Account of plague administration in the Bombay Presidency from September 1896 till May 1897
Year: 1896
Disease focus: Plague
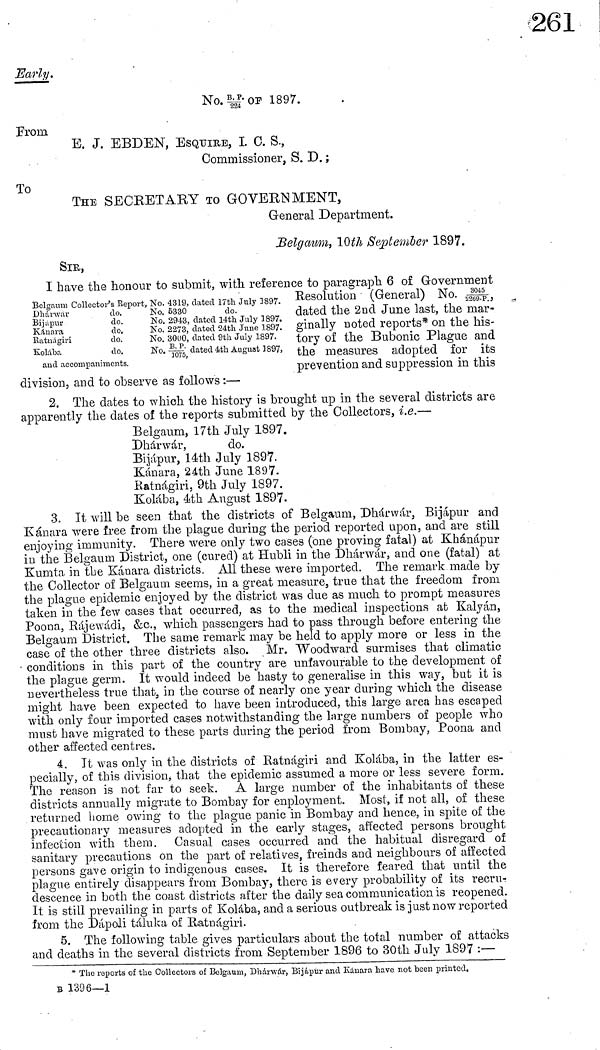
Early.
No. B.P of 1897.
From
E. J. EBDEN, ESQUIRE, I 0. S.,
Commissioner, S. D. ;
To
THE SECKETARY TO GOVERNMENT,
General Department.
Belgaum, 10th September 1897.
SIB,
Belgamn Collector's Beport,
Dhanvai-
Bijapur
Kánara
Ratuágiri
Kolába
do.
do.
do.
do.
do.
and accompaniments.
No. 4319,
No. 6330
No. 2943,
No. 2273,
No. 3000,
No.B.P.
dated 17th July 1897.
do.
dated 14th July 1897.
dated 24th June 1897.
dated 9th July 1897.
dated 4th August 1897.
I have the honour to submit, with reference to paragraph 6 of Government
Resolution (General) No. 8045,
dated the 2nd June last, the mar-
ginally noted reports* on the his-
tory of the Bubonic Plague and
the measures adopted for its
prevention and suppression in this
division, and to observe as follows :—
2. The dates to which the history is brought up in the several districts are
apparently the dates oí the reports submitted by the Collectors, i.e.—
Belgaum, 17th July 1897.
Dhárwár,
do.
Bijapur, 14th July 1897.
Kánara, 24th June 1897.
Ratnágiri, 9th July 1897.
Kolába, 4th August 1897.
3. It will be seen that the districts of Belgaum, Dhárwár, Bijápur and
Kanara were free from the plague during the period reported upon, and are still
enjoying immunity. There were only two cases (one proving fatal) at Khánápur
in the Belgaum District, one (cured) at Hubli in the Dhárwár, and one (fatal) at
Kumta in the Kánara districts. All these were imported. The remark made by
the Collector of Belgaum seems, in a great measure, true that the freedom from
the plague epidemic enjoyed by the district was clue as much to prompt measures
taken in the few cases that occurred, as to the medical inspections at Kalyán,
Poona, Rájewádi, &c., which passengers had to pass through before entering the
Belgaum District. The same remark may be held to apply more or less in the
case of the other three districts also. Mr. Woodward surmises that climatic
conditions in this part of the country are unfavourable to the development of
the plague germ. It would indeed be hasty to generalise in this way, but it is
nevertheless true that, in the course of nearly one year during which the disease
might have been expected to have been introduced, this large area has escaped
with only four imported cases notwithstanding the large numbers of people who
must have migrated to these parts during the period from Bombay, Poona and
other affected centres.
4. It was only in the districts of Batnágiri and Kolába, in the latter es-
pecially, of this division, that the epidemic assumed a more or less severe form.
The reason is not far to seek. A large number of the inhabitants of these
districts annually migrate to Bombay for enployment. Most, if not all, of these
returned home owing to the plague panic in Bombay and hence, in spite of the
precautionary measures adopted in the early stages, affected persons brought
infection with them. Casual cases occurred and the habitual disregard of
sanitary precautions on the part of relatives, freinds and neighbours of affected
persons gave origin to indigenous cases. It is therefore feared that until the
plague entirely disappears from Bombay, there is every probability of its recru-
descence in both the coast districts after the daily sea communication is reopened.
It is still prevailing in parts of Kolába, and a serious outbreak is just now reported
from the Dápoli táluka of Batnagiri.
5. The following table gives particulars about the total number of attacks
and deaths in the several districts from September 1896 to 30th July 1897 :—
* The reports of the Collectors of Belgaum, Dhárwár, Bijapur ancl Kauara have not been printed.
B 1396—1